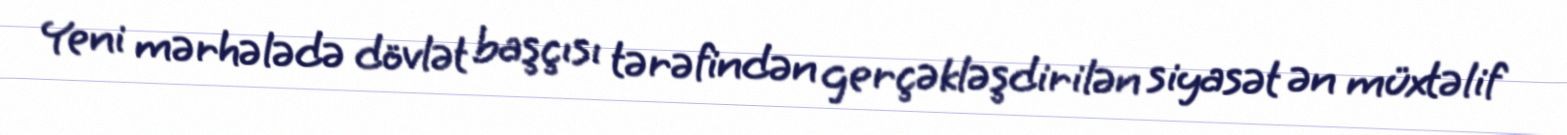
Yeni mərhələdə dövlət başçısı tərəfindən gerçəkləşdirilən siyasət ən müxtəlif